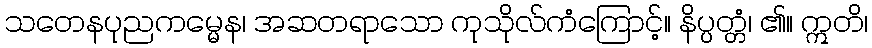
သတေနပုညကမ္မေန၊ အဆတရာသော ကုသိုလ်ကံကြောင့်။ နိပ္ပတ္တံ၊ ၏။ ဣတိ၊